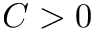
C > 0